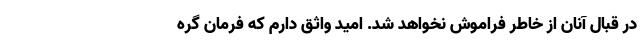
در قبال آنان از خاطر فراموش نخواهد شد. امید واثق دارم که فرمان گره